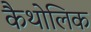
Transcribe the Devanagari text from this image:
कैथोलिक